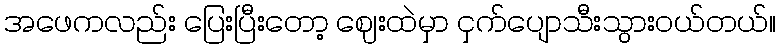
အဖေကလည်း ပြေးပြီးတော့ ဈေးထဲမှာ ငှက်ပျောသီးသွားဝယ်တယ်။